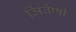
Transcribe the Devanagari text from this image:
ञिवेणी